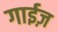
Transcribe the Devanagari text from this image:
गाईज़